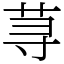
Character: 荨